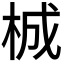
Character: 𭩴